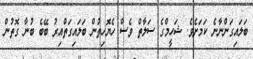
ބަލައިގަންނާނެ ކަމަށެވެ. ޝަހީމްގެ ސަލާތް ވެސް ހެޔޮހިތުން ބަލައިގަތްއިރު ބޭބެ ބުނާ ގޮތުން